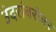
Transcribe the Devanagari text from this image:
उंदरांबरोबर